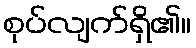
စုပ်လျက်ရှိ၏။